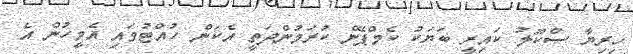
ހިރިޔާ ސްކޫލު ކައިރީ ބަޔަކު ކެމްޕޭން ކުރަމުންދަތީ އެކަން ހުއްޓުވައި އެމީހުން އެ